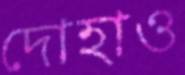
দোহাও